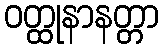
ဝတ္ထုနာနတ္တာ